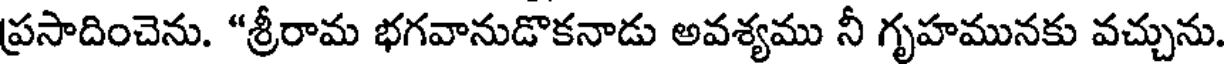
ప్రసాదించెను. "శ్రీరామ భగవానుడొకనాడు అవశ్యము నీ గృహమునకు వచ్చును.